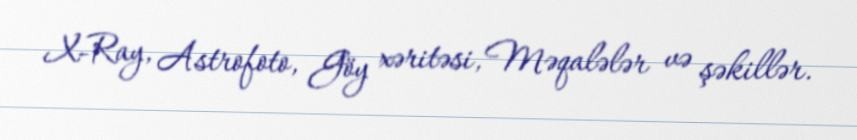
X-Ray, Astrofoto, Göy xəritəsi, Məqalələr və şəkillər.